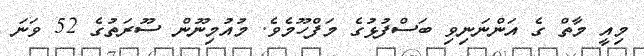
މިއީ މާތް ގެ އަންނަނިވި ބަސްފުޅުގެ މަފްހޫމެވެ. މުއުމިނޫން ސޫރަތުގެ 52 ވަނަ